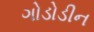
ગોડોડીન